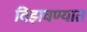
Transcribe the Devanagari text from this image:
विझवण्यात